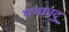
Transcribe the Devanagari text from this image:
मनावदु